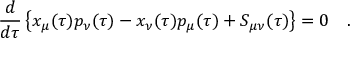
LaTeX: \frac { d } { d \tau } \left\{ x _ { \mu } ( \tau ) p _ { \nu } ( \tau ) - x _ { \nu } ( \tau ) p _ { \mu } ( \tau ) + S _ { \mu \nu } ( \tau ) \right\} = 0 ~ ~ ~ .